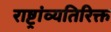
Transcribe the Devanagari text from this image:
राष्ट्रांव्यतिरिक्त